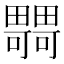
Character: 𤳴